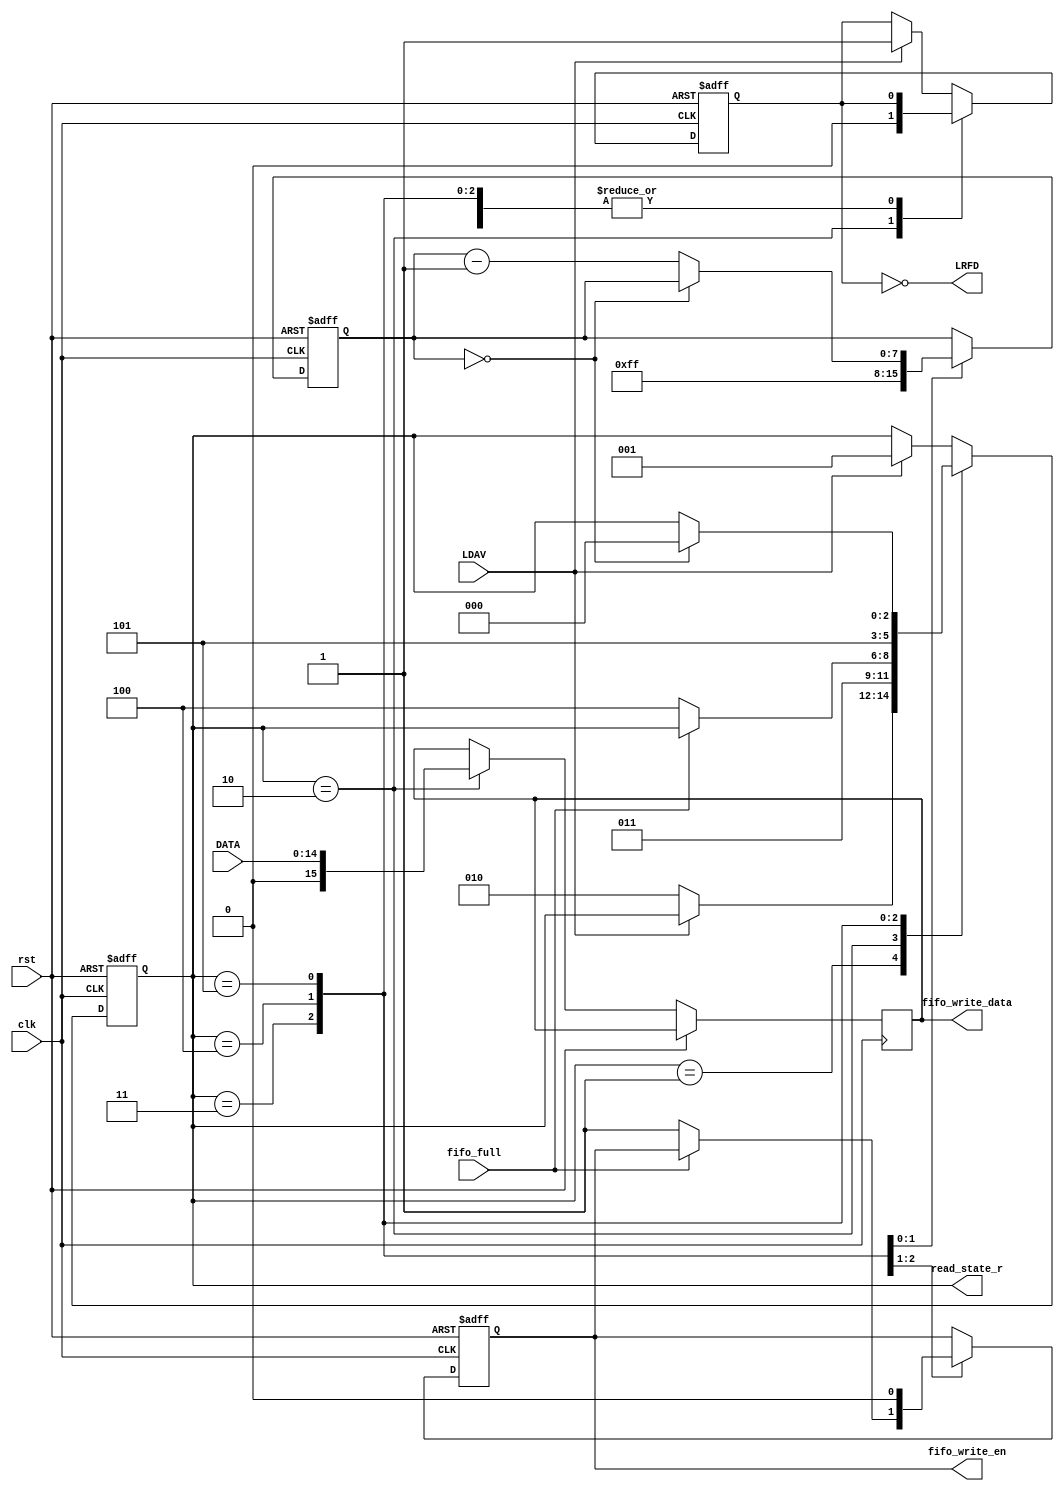
module hp1349a_bus_if(clk, rst, DATA, LDAV, LRFD, fifo_full, fifo_write_en, fifo_write_data, read_state_r);
input         clk;
input         rst;
input  [14:0] DATA;
input         LDAV;
output        LRFD;
input         fifo_full;
output        fifo_write_en;
output [15:0] fifo_write_data;
output  [2:0] read_state_r;

reg           rfd_r;        // request for data
reg     [2:0] read_state_r;

reg           fifo_write_en_r;
reg    [15:0] fifo_write_data_r;
reg     [7:0] timeout_r;

assign LRFD            = ~rfd_r;
assign fifo_write_en   = fifo_write_en_r;
assign fifo_write_data = fifo_write_data_r;

// Recieve logic
always @ (posedge clk or posedge rst) begin
  if (rst) begin
    rfd_r                 <= 0;
	 read_state_r          <= 0;
	 fifo_write_en_r       <= 0;
	 timeout_r             <= 0;
  end
  else begin
    case (read_state_r)
	 default:
	   if (LDAV) begin
	     rfd_r             <= 1;
		  read_state_r      <= 1;
	   end	
	 1:
	   if (!LDAV) begin
		  read_state_r      <= 2;
	   end
	 2: begin
      fifo_write_data_r   <= DATA;
      rfd_r               <= 0;
		read_state_r        <= 3;
	 end	 
	 3:
	   if (!fifo_full) begin
		  fifo_write_en_r   <= 1;
	     read_state_r      <= 4;
	   end
	 4:
	   begin
		  fifo_write_en_r   <= 0;
		  read_state_r      <= 5;
		  timeout_r         <= 8'hff;
	   end
    5:
	   if (timeout_r == 0)
		  read_state_r      <= 0;
		else
		  timeout_r         <= timeout_r - 1;	 
	 endcase
  end
end


endmodule